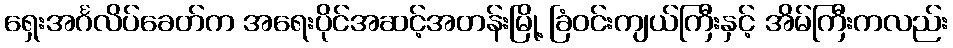
ရှေးအင်္ဂလိပ်ခေတ်က အရေးပိုင်အဆင့်အတန်းမြို့ ခြံဝင်းကျယ်ကြီးနှင့် အိမ်ကြီးကလည်း